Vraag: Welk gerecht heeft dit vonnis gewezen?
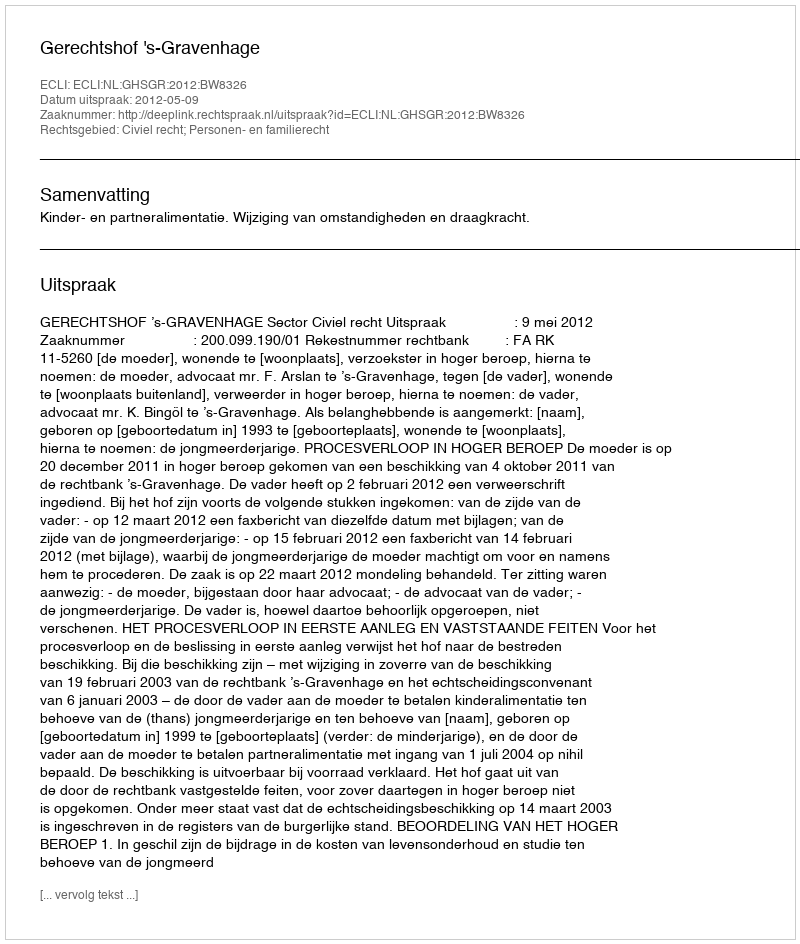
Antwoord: Gerechtshof 's-Gravenhage